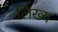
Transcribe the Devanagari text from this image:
लिख्य